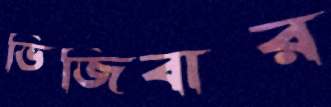
ভিজিবার